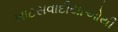
ખાટસવાદીયાઓથી